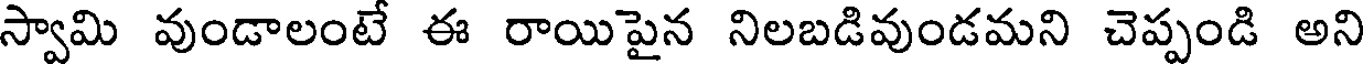
స్వామి వుండాలంటే ఈ రాయిపైన నిలబడివుండమని చెప్పండి అని